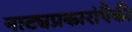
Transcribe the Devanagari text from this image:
नाट्यप्रकारांपैकी